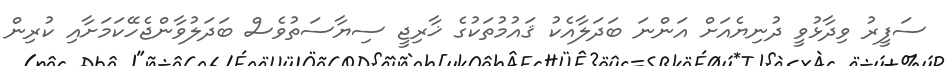
ސަފީރު ވިދާޅުވީ ދުނިޔެއަށް އަންނަ ބަދަލާއެކު ޤައުމުތަކުގެ ޚާރިޖީ ސިޔާސަތުވެސް ބަދަލުވާންޖެހޭކަމަށާއި ކުރިން